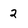
Character: 2